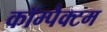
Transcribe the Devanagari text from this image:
कॉम्पैक्टम